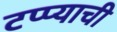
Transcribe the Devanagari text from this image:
टप्प्याची